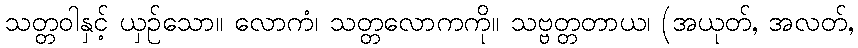
သတ္တဝါနှင့် ယှဉ်သော။ လောကံ၊ သတ္တလောကကို။ သဗ္ဗတ္တတာယ၊ (အယုတ်, အလတ်,